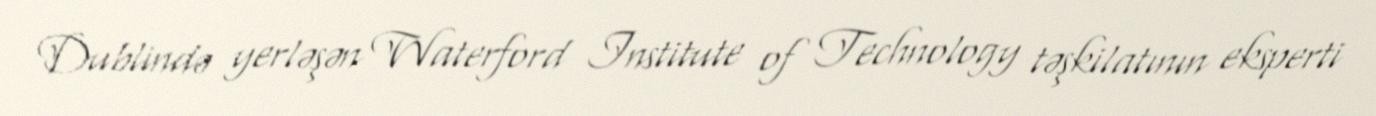
Dublində yerləşən Waterford Institute of Technology təşkilatının eksperti